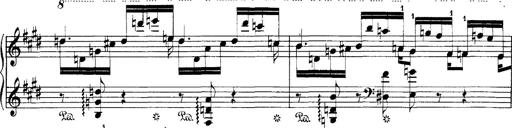
Title: Hungarian Rhapsody No.1
Composer: Franz Liszt
Key: C-sharp minor